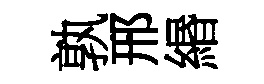
孰邢緡